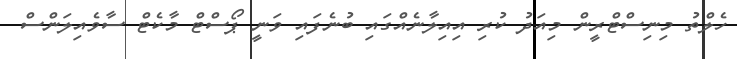
ހެލްތު މިނިސްޓްރީން މިއަދު ކުރި އިއިލާނެއްގައި ބުނެފައި ވަނީ ޕޯސްޓް މާކެޓް ސާވެއިލަންސް